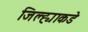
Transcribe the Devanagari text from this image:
जिल्ह्याकडे